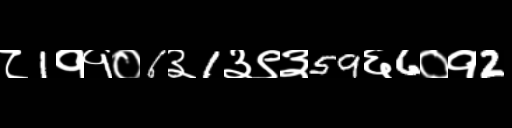
Text: ८1११०6३1३९३59६6०१2